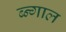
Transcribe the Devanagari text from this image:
ब्न्गाल